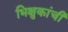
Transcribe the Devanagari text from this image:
भिक्षुकांची